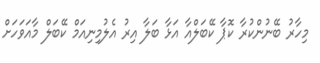
މިހާރު ބޭނުންކުރާ ކޮޕާ ކޭބަލްއާ އަޅާ ބަލާ އިރު އެލުމިނިއަމް ކޭބަލް މާއަވަހަށް